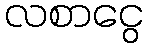
လစာငွေ